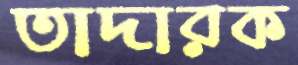
তাদারক